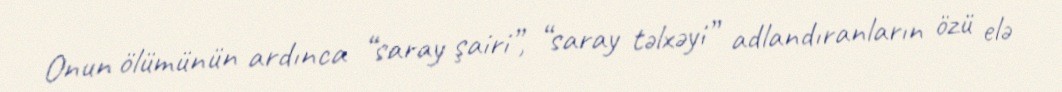
Onun ölümünün ardınca “saray şairi”, “saray təlxəyi” adlandıranların özü elə